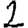
Digit: 2